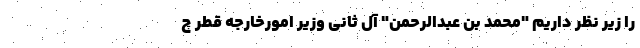
را زیر نظر داریم "محمد بن عبدالرحمن" آل ثانی وزیر امورخارجه قطر چ